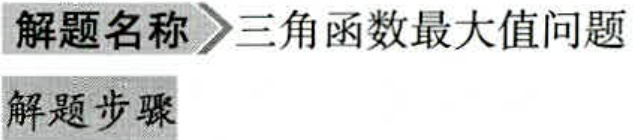
\begin{center}
解题名称$\rhd$三角函数最大值问题
\end{center}
解题步骤